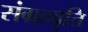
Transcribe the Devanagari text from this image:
संग्रहवृत्ति